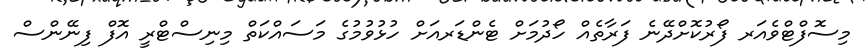
މިސޮފްޓްވެއަރ ފޯރުކޮށްދޭނެ ފަރާތެއް ހޯދުމަށް ޓެންޑަރއަށް ހުޅުވުމުގެ މަސައްކަތް މިނިސްޓްރީ އޮފް ފިނޭންސް